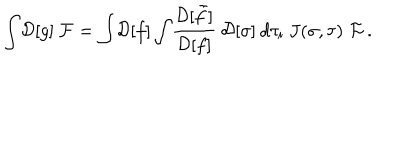
\int \! { \cal D } [ g ] \: { \cal F } = \int \! { \cal D } [ f ] \int \! \frac { { \cal D } [ \tilde { f } ] } { { \cal D } [ f ] } \: { \cal D } [ \sigma ] \: d \tau _ { i } \: J ( \sigma , \tau ) \; { \cal F } \, .